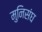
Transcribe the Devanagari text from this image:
मुनिसंघ